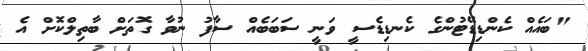
"ބައެއް ކެންޑިޑޭޓުންގެ ކެނޑިޑެސީ ވަނީ ސަބަބެއް ސާފު ނުވާ ގޮތަށް ބާތިލްކޮށް އެ